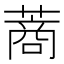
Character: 蔏